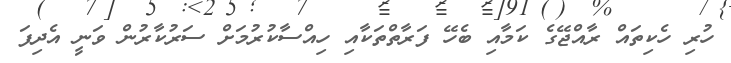
ހުރި ހެކިތައް ރާއްޖޭގެ ކަމާއި ބެހޭ ފަރާތްތަކާއި ހިއްސާކުރުމަށް ސަރުކާރުން ވަނީ އެދިފަ